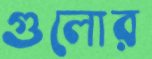
গুলোর